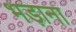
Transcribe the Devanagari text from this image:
भड़ाना